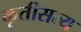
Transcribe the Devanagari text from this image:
कृतीसत्य